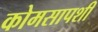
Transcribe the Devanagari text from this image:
कोमसापशी